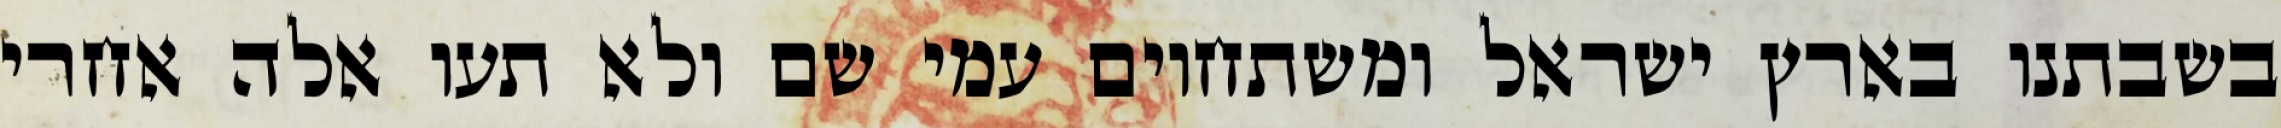
בשבתנו בארץ ישראל ומשתחוים עמי שם ולא תעו אלה אחרי